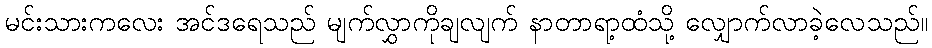
မင်းသားကလေး အင်ဒရေသည် မျက်လွှာကိုချလျက် နာတာရာ့ထံသို့ လျှောက်လာခဲ့လေသည်။